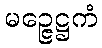
မဉ္ဇေဋ္ဌကံ